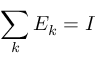
\sum _ { k } E _ { k } = I